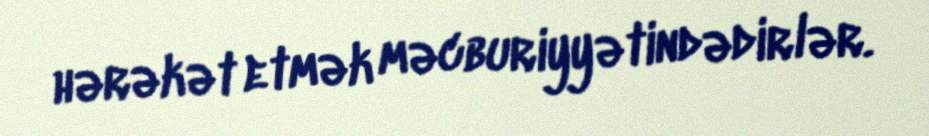
hərəkət etmək məcburiyyətindədirlər.